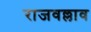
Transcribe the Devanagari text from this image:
राजवल्लाव